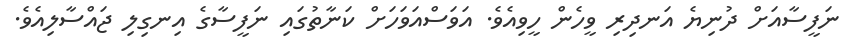
ނަފީސާއަށް ދުނިޔެ އަނދިރި ވީހެން ހީވިއެވެ. އަވަސްއަވަހަށް ކަނާތުގައި ނަފީސާގެ އިނގިލި ޖައްސާލިއެވެ.